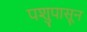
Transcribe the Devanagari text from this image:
पशुपासून